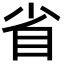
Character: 省